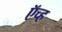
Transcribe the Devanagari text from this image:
ऍच्ह